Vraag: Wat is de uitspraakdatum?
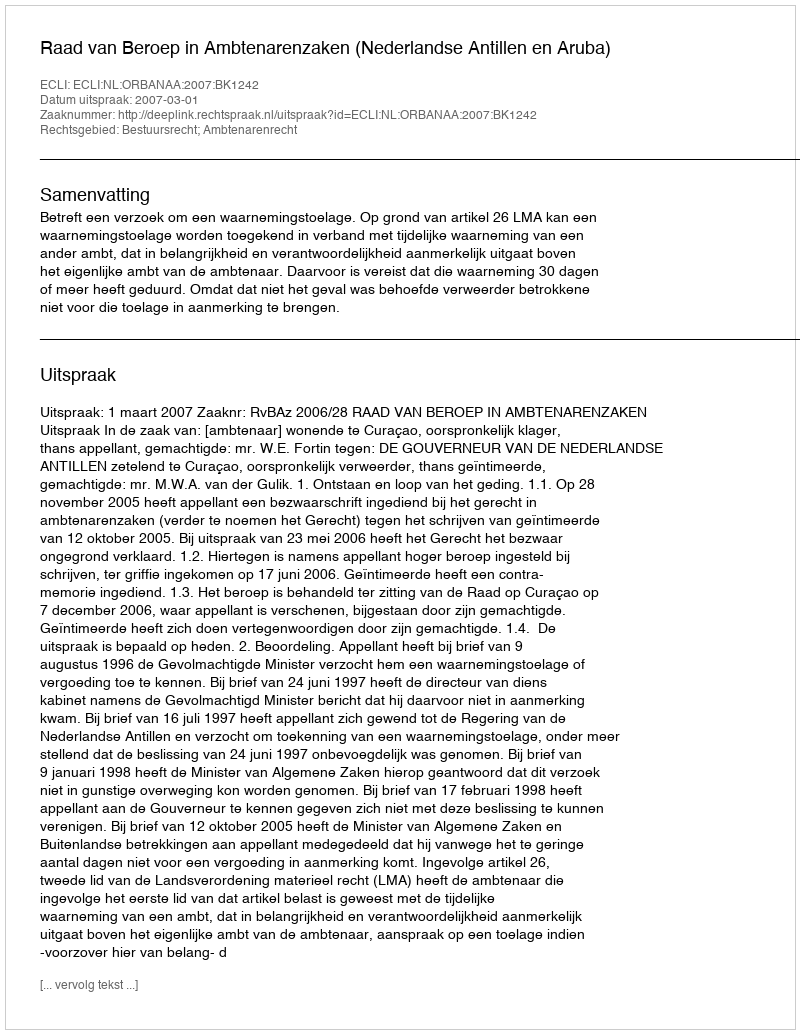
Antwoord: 2007-03-01